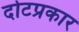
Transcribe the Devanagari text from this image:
दोटप्रकार